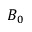
B _ { 0 }